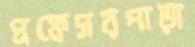
প্রফেসরপাড়া